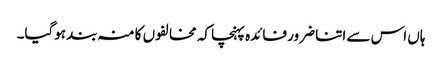
ہاں اس سے اتنا ضرور فائدہ پہنچا کہ مخالفوں کا منہ بند ہوگیا۔